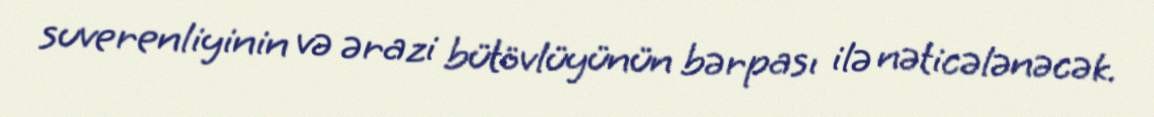
suverenliyinin və ərazi bütövlüyünün bərpası ilə nəticələnəcək.